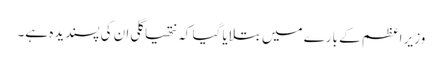
وزیر اعظم کے بارے میں بتلایا گیا کہ نتھیا گلی ان کی پسندیدہ ہے۔